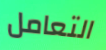
التعامل